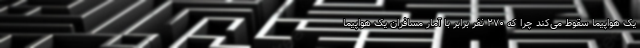
یک هواپیما سقوط می‌کند چرا که ۲۷۰ نفر برابر با آمار مسافران یک هواپیما